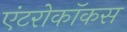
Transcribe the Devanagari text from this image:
एंटरोकॉकस